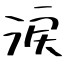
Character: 涙